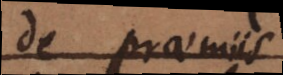
de praemiis